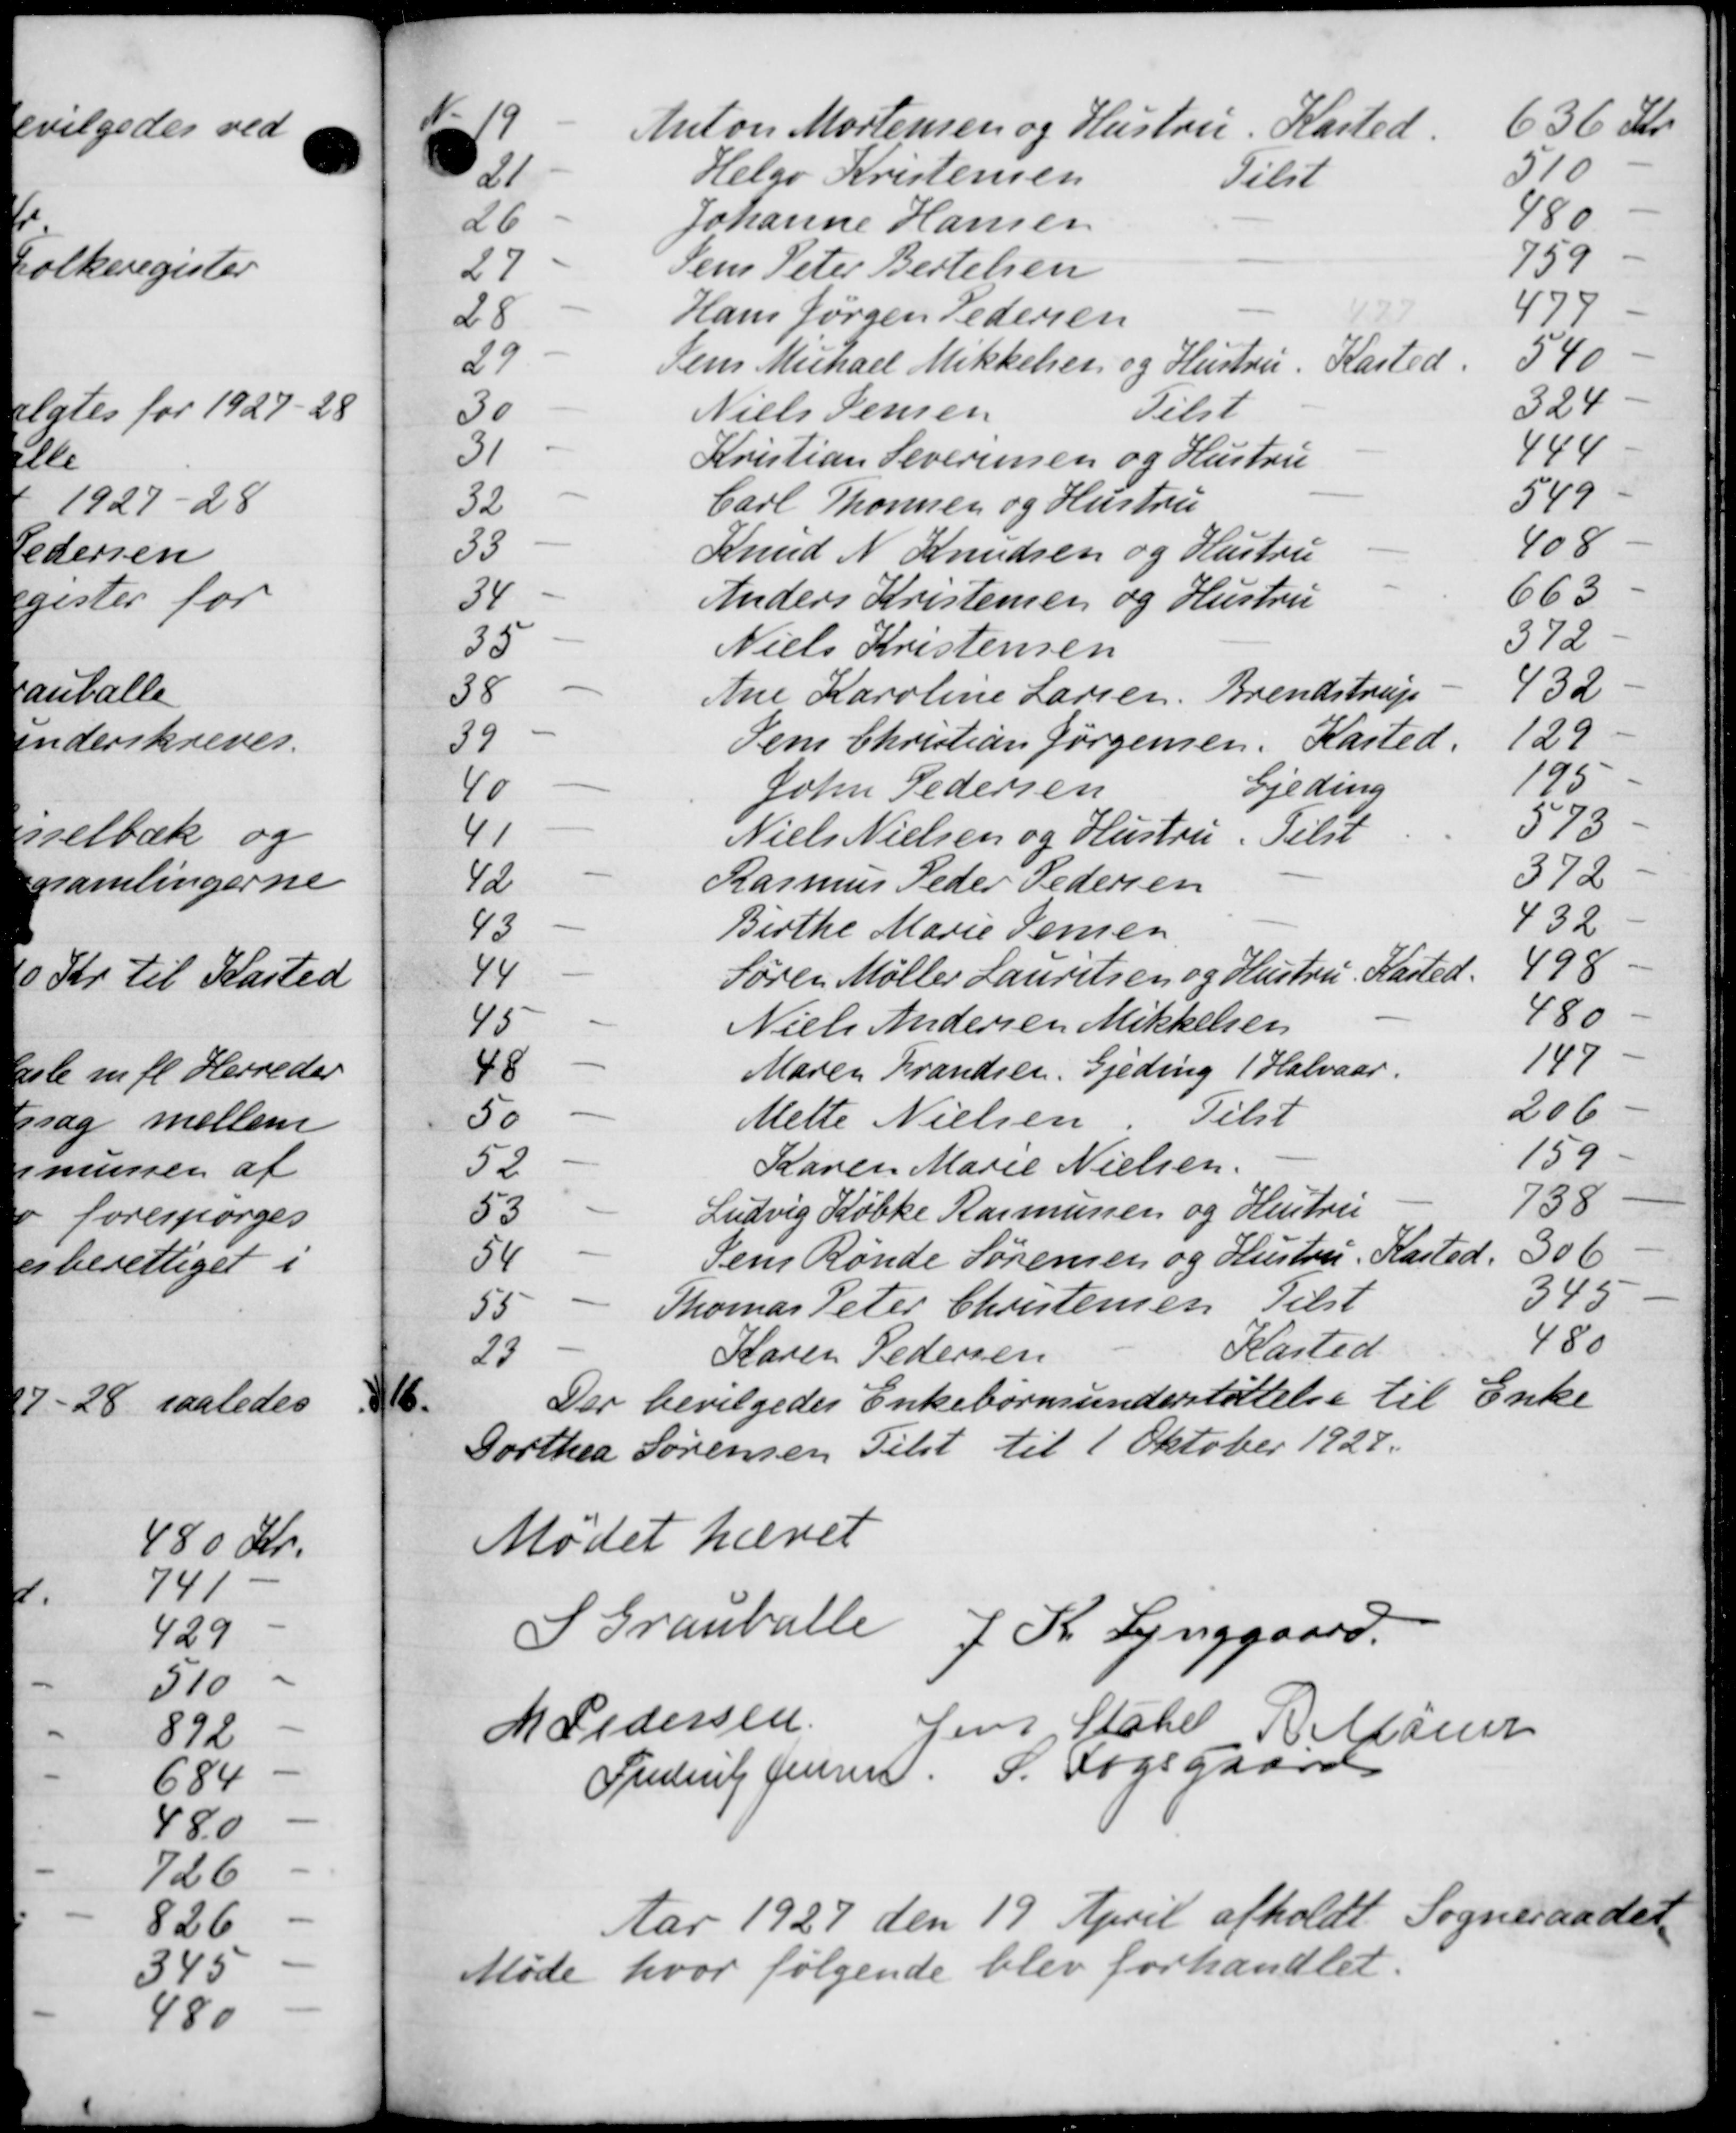
Transskription:
N- 19
Anton Mortensen og Hustru. Kasted
636 Kr.
21
Helge Kristensen Tilst
570
26
Johanne Hansen
480
27
Jens Peter Bertelsen
759
28
Hans Jørgen Pedersen
477
29
Jens Michael Mikkelsen og Hustru. Kasted
540
30
Niels Jensen Telst
324
31
Kristian Severinsen og Hustru
444
32
Carl Thomsen og Hustru
549
33
Knud N Knudsen og Hustru
408
38
Anders Kristensen og Hustru
663
35
Niels Kristensen
372
38
Ane Karoline Larsen, Brendstrup
432
39
Jen Christian Jørgensen, Kasted
129
40
John Pedersen Gjeding
195
41
Niels Nielsen og Hustru Tilst
573 -
42
Rasmus Peder Pedersen
372
43
Birthe Marie Jensen
432
44
Søren Møller Lauritsen og Hustru, Kasted.
498
45
Niels Andersen Mikkelsen
480
48
Maren Frandsen, Gjeding 1 Halvaar.
147
50
Mette Nielsen. Telst
206
52
Karen Marie Nielsen.
159
53
Ludvig Købke Rasmussen og Hustru
738
54
Jens Rønde Sørensen og Hustru. Kasted.
306
55
Thomas Peter Christensen Tilst
345
29
Karen Pedersen Kasted
480
16.
Der bevilgedes Enkebørnsunderstøttelse til Enke
Dorthea Sørensen Tilst til 1 Oktober 1927.
Mødet hævet
S Granballe J Kr Langgaard
M Pedersen
Jens State P. Maler
Frederik Jensen, S. Fogsgaard
Aar 1927 den 19 April afholdt Sogneraadet
Møde hvor følgende blev forhandlet.